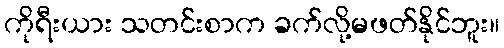
ကိုရီးယား သတင်းစာက ခက်လို့မဖတ်နိုင်ဘူး။